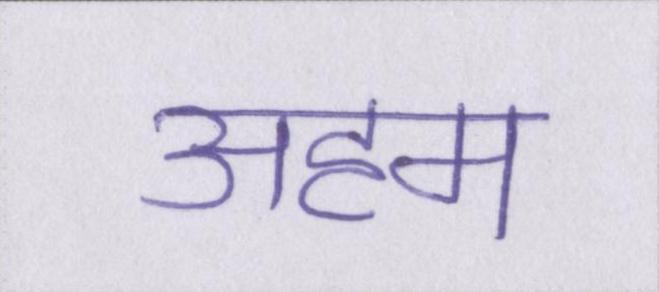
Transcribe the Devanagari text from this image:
अहम